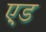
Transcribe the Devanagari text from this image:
ए़ड